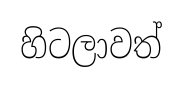
හිටලාවත්